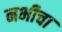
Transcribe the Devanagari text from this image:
नभीचा